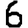
Digit: 6